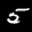
Label: 5